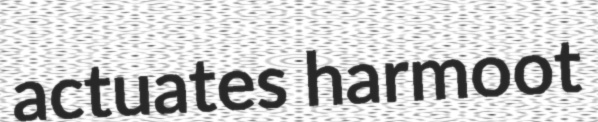
actuates harmoot